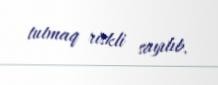
tutmaq riskli sayılıb.